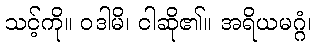
သင့်ကို။ ဝဒါမိ၊ ငါဆို၏။ အရိယမဂ္ဂံ၊